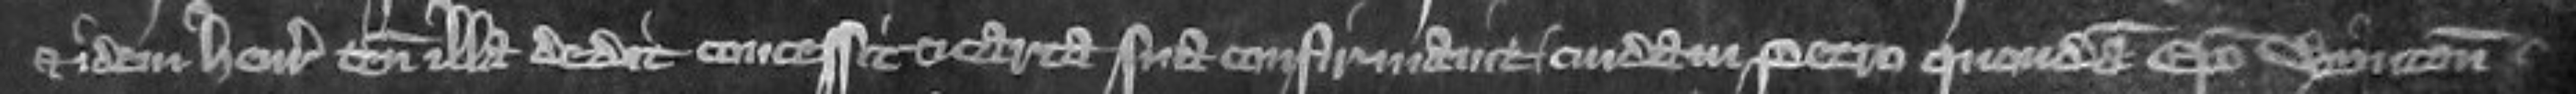
et idem Henricus tenementa ilia dedit concessit et carta sua confirmavit cuidam Petro quondam episcopo Wynton